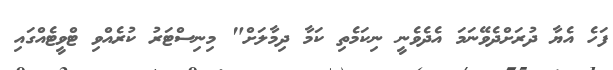
ފަހެ އެޔާ ދުރަށްދެވޭނަމަ އެދެވެނީ ނިކަމެތި ކަމާ ދިމާލަށް" މިނިސްޓަރު ކުރެއްވި ޓްވީޓެއްގައި